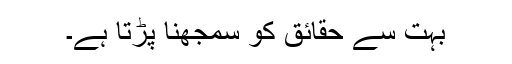
بہت سے حقائق کو سمجھنا پڑتا ہے۔